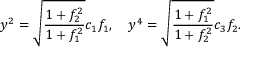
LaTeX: y ^ { 2 } = \sqrt { \frac { 1 + f _ { 2 } ^ { 2 } } { 1 + f _ { 1 } ^ { 2 } } } c _ { 1 } f _ { 1 } , \quad y ^ { 4 } = \sqrt { \frac { 1 + f _ { 1 } ^ { 2 } } { 1 + f _ { 2 } ^ { 2 } } } c _ { 3 } f _ { 2 } .